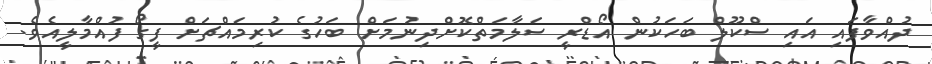
ދުއްވާފައި އައި ސްކޫލް ބަހަކުން އޯޑްރީ ސަލާމަތްކޮށްދިނުމަށް ބަހުގެ ކުރިމައްޗަށް ފީގޯ ފުއްމާލީއެވެ.